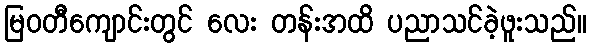
မြဝတီကျောင်းတွင် လေး တန်းအထိ ပညာသင်ခဲ့ဖူးသည်။